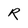
Character: R